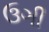
ઉગી